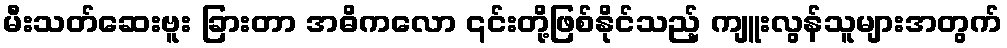
မီးသတ်ဆေးဗူး ခြားတာ အဓိကလော ၎င်းတို့ဖြစ်နိုင်သည့် ကျူးလွန်သူများအတွက်